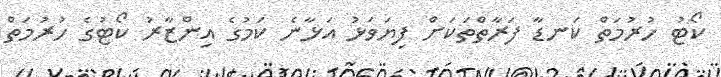
ކޯޓު ހުރުމަތް ކަނޑާ ފަރާތްތަކަށް ފިޔަވަޅު އަޅާނެ ކަމުގެ އިންޒާރު ކޯޓުގެ ހުރުމަތް